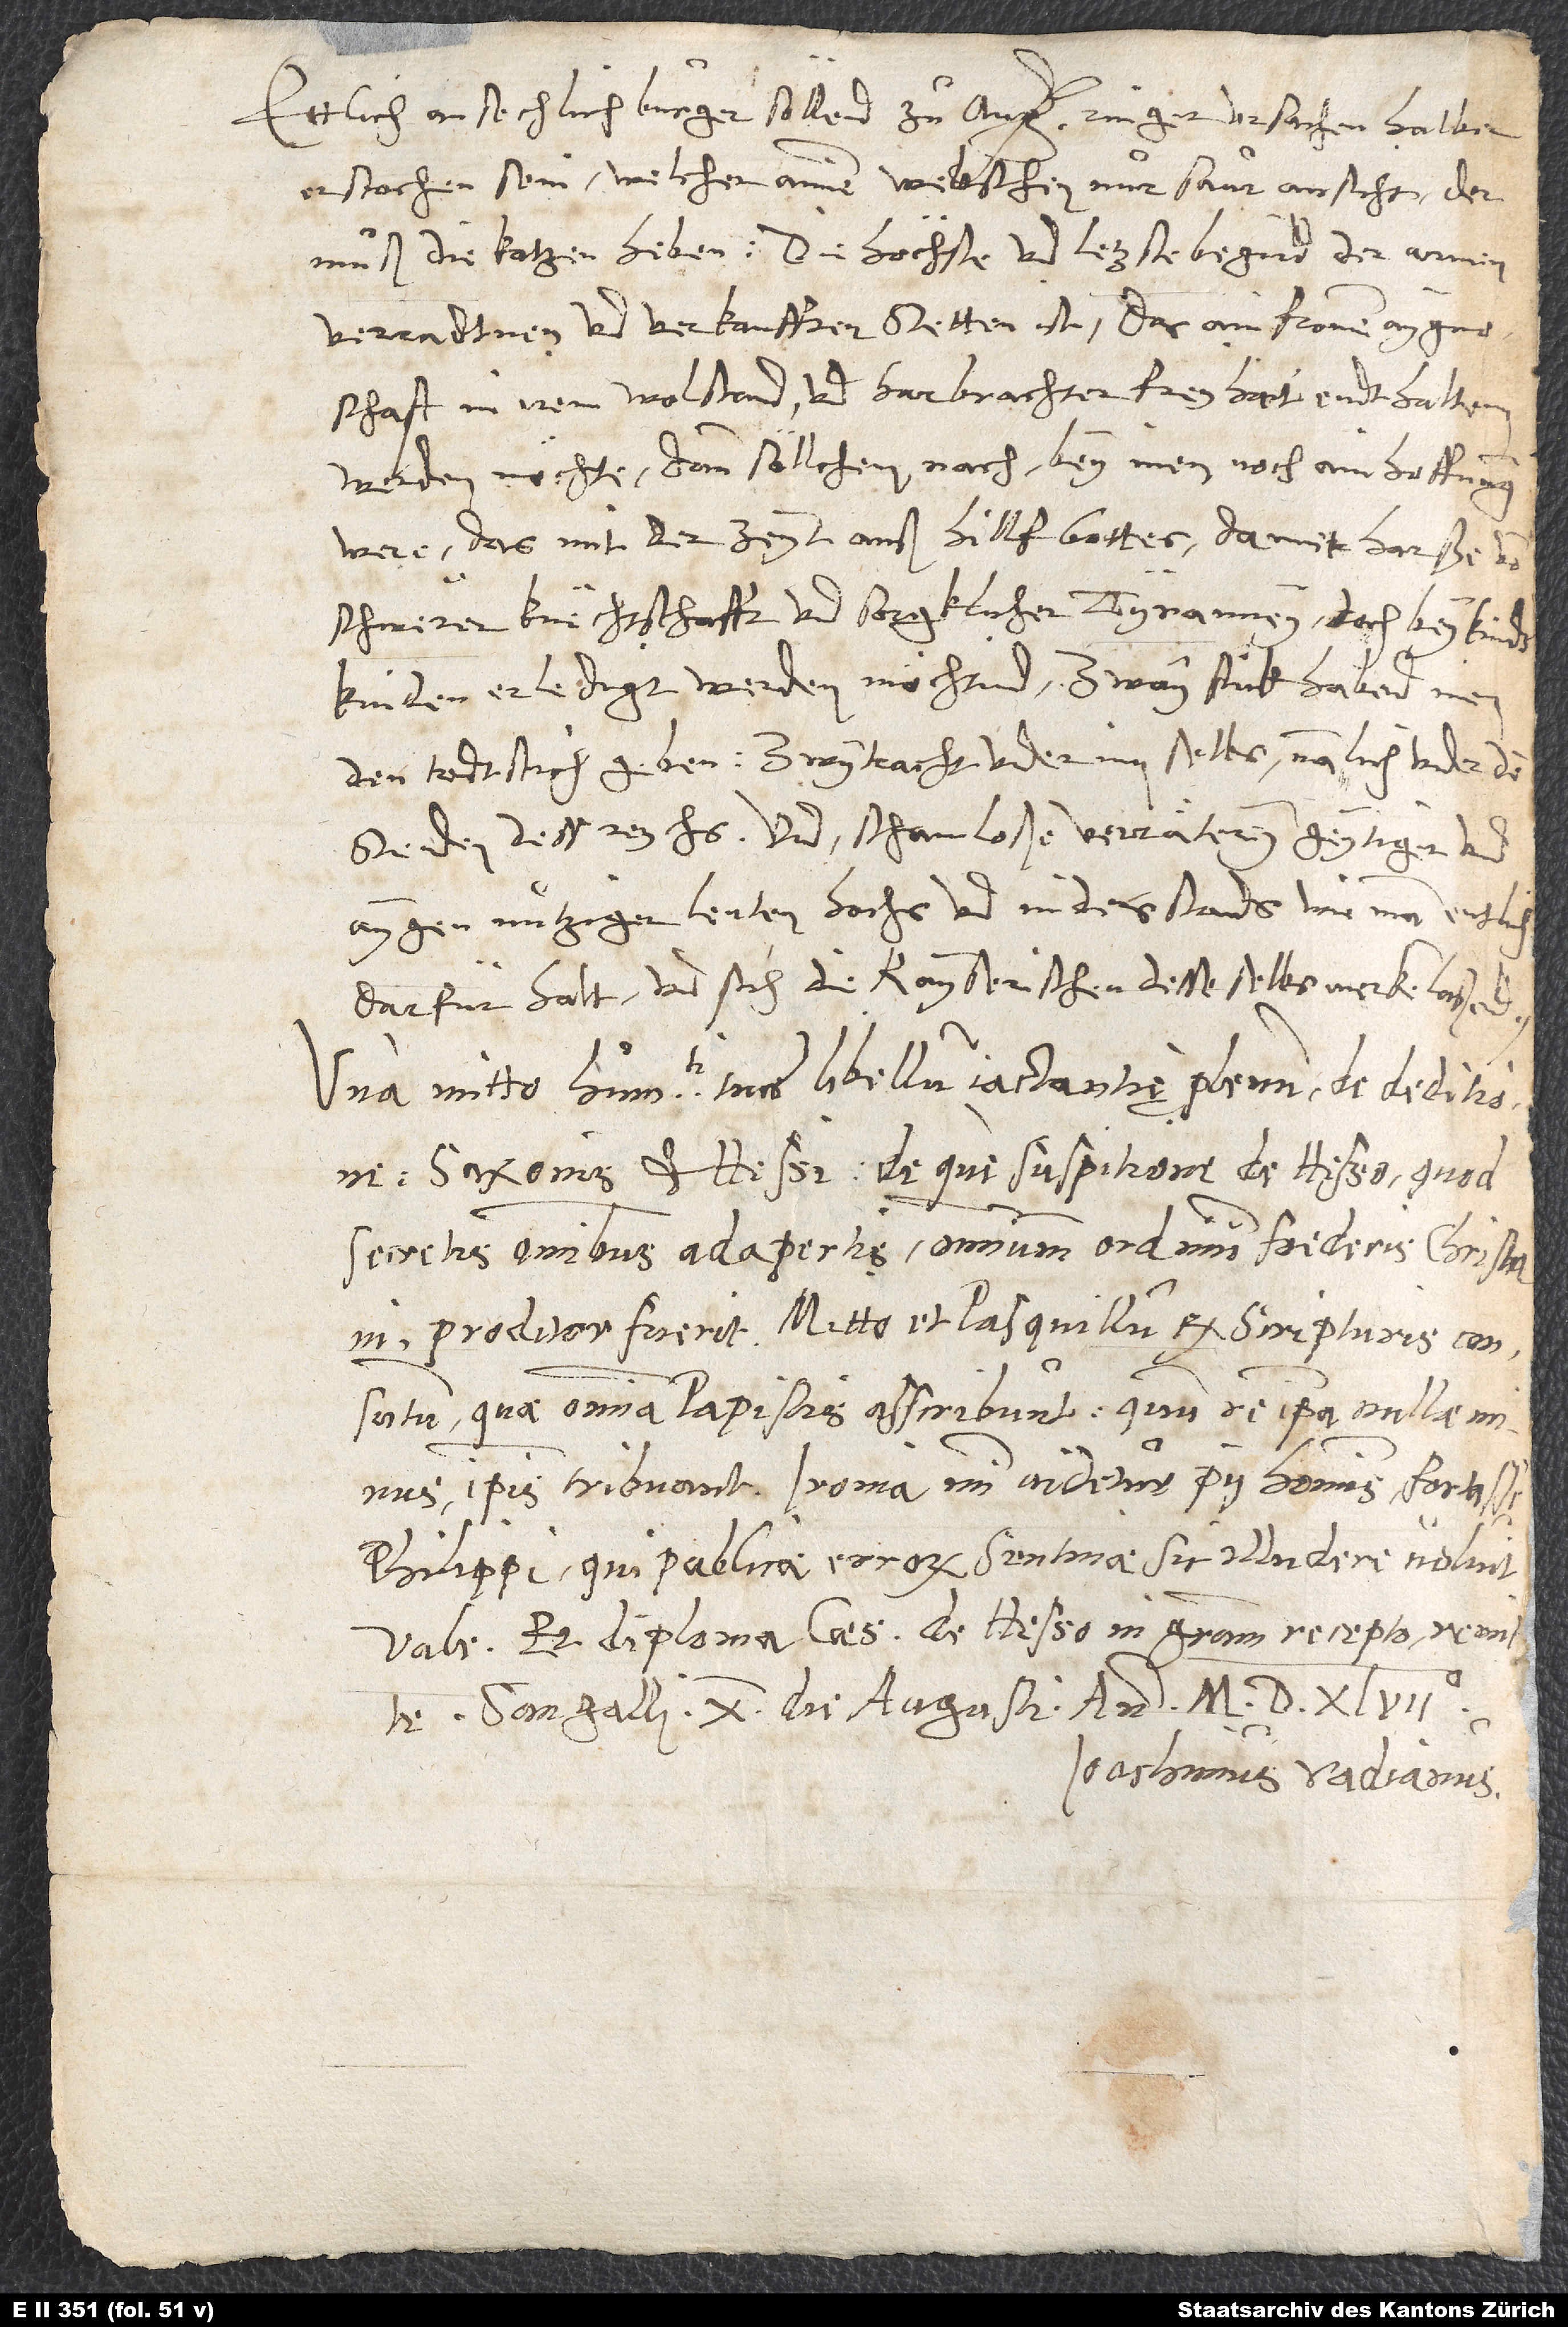
Ettlich ansechlich burger söllend zuͦ Augspurg ringer ursachen halben
erstochen sein. Welcher ainen Weltschen nur saur ansicht, der
verradtnen und verkaufften stetten ist, das ain fromme aygnoschaft
in irem wolstand und harbrachter freyhait endthaltenn
werden möchte; dann söllchem nach bey inen noch ain hoffnung
were, das mit der zeyt auß hilff gottes dannethar sye von
schwerer knechtschafft und sorgklicher tyranney doch bey kinkinden
erledigt werden möchtind. Zway stuk habend inen
den todtstich geben: zwytracht under inn selbs, namlich under den
stenden dess reychs, und schamloße verräterey geytiger und
aygennutziger leuten hochs und niders stands, wie man entlich
darfür halt und sich die kayserischen desse selbs merken laßend.
Una mitto humanitati tuae libellum iactantię plenum de deditione
Saxonis et Hessi deque suspitione de Hesso, quod
secretis omnibus adapertis omnium ordinum foederis chrisni
proditor fuerit. Mitto et Pasquillum ex Scripturis consutum,
quae omnia papistis asscribunt, quum re ipsa nullae minus
ipsis tribuant. Ironia mihi videtur pii hominis, fortasse
Philippi, qui publicae errorum sentinae sic illudere voluit.
Vale et diploma caesaris de Hesso in gratiam recepto remte.
Sangalli, 10. augusti anno 1547.
Ioachimus Vadianus.